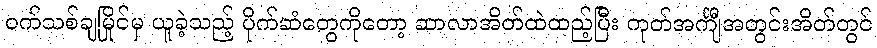
ဝက်သစ်ချမြိုင်မှ ယူခဲ့သည့် ပိုက်ဆံတွေကိုတော့ ဆာလာအိတ်ထဲထည့်ပြီး ကုတ်အင်္ကျီအတွင်းအိတ်တွင်